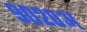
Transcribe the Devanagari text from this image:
९०२०अ